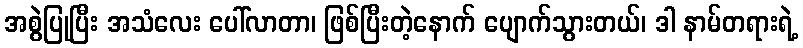
အစွဲပြုပြီး အသံလေး ပေါ်လာတာ၊ ဖြစ်ပြီးတဲ့နောက် ပျောက်သွားတယ်၊ ဒါ နာမ်တရားရဲ့